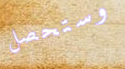
وستحصل